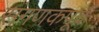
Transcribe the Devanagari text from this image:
संगणकपूर्व